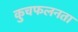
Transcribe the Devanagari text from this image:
कुचफलनता